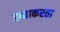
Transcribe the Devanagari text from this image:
डब्याकरता